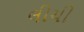
લીચી